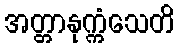
အတ္တာနုက္ကံသေတိ